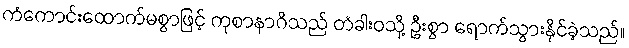
ကံကောင်းထောက်မစွာဖြင့် ကုစာနာဂိသည် တံခါးဝသို့ ဦးစွာ ရောက်သွားနိုင်ခဲ့သည်။